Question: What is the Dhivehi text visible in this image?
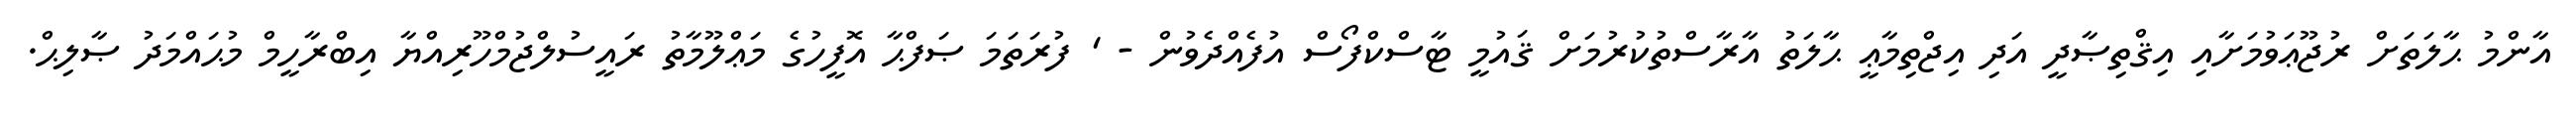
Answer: އާންމު ޙާލަތަށް ރުޖޫޢަވުމަށާއި އިޤްތިޞާދީ އަދި އިޖްތިމާޢީ ޙާލަތު އާރާސްތުކުރުމަށް ޤައުމީ ޓާސްކްފޯސް އުފެއްދެވުން - ' ފުރަތަމަ ޞަފްޙާ އޮފީހުގެ މަޢްލޫމާތު ރައީސުލްޖުމްހޫރިއްޔާ އިބްރާހީމް މުޙައްމަދު ޞާލިޙް.